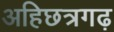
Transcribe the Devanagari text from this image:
अहिछत्रगढ़